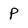
Character: P